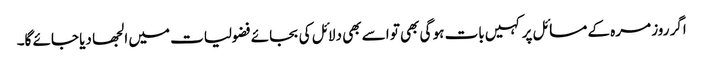
اگر روز مرہ کے مسائل پر کہیں بات ہو گی بھی تو اسے بھی دلائل کی بجائے فضولیات میں الجھا دیا جائے گا۔